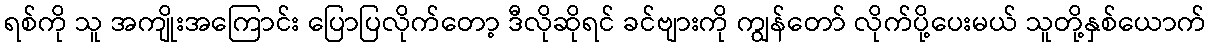
ရစ်ကို သူ အကျိုးအကြောင်း ပြောပြလိုက်တော့ ဒီလိုဆိုရင် ခင်ဗျားကို ကျွန်တော် လိုက်ပို့ပေးမယ် သူတို့နှစ်ယောက်